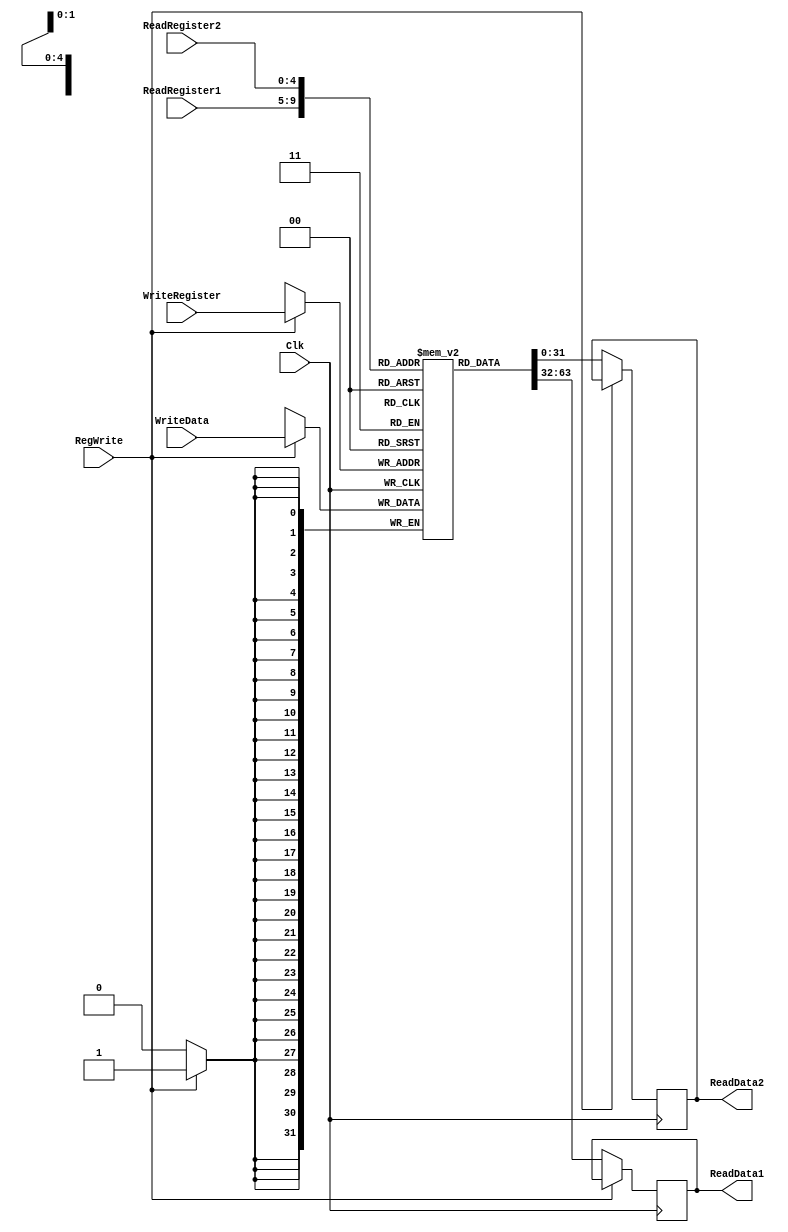
`timescale 1ns / 1ps
//////////////////////////////////////////////////////////////////////////////////
// Module Name:    Registers 
// Description - Implements a register file with 32 32-Bit wide registers. 
//
// INPUTS:-
// ReadRegister1: 5-Bit address to select a register to be read through 32-Bit 
//                output port 'ReadRegister1'.
// ReadRegister2: 5-Bit address to select a register to be read through 32-Bit 
//                output port 'ReadRegister2'.
// WriteRegister: 5-Bit address to select a register to be written through 32-Bit
//                input port 'WriteRegister'.
// WriteData: 32-Bit write input port.
// RegWrite: 1-Bit control input signal.
//
// OUTPUTS:-
// ReadData1: 32-Bit registered output. 
// ReadData2: 32-Bit registered output. 
//
//////////////////////////////////////////////////////////////////////////////////
module Registers(Clk, ReadRegister1, ReadRegister2, WriteRegister, WriteData, RegWrite, ReadData1, ReadData2);


	input [4:0] ReadRegister1,ReadRegister2,WriteRegister;
	input [31:0] WriteData;
	input RegWrite,Clk;
	
	output reg [31:0] ReadData1,ReadData2;
	
	reg [31:0] Registers [0:31];
	
	initial begin
		Registers[0] <= 32'h00000000;
		Registers[8] <= 32'h00000000;
		Registers[9] <= 32'h00000000;
		Registers[10] <= 32'h00000000;
		Registers[11] <= 32'h00000000;
		Registers[12] <= 32'h00000000;
		Registers[13] <= 32'h00000000;
		Registers[14] <= 32'h00000000;
		Registers[15] <= 32'h00000000;
		Registers[16] <= 32'h00000000;
		Registers[17] <= 32'h00000000;
		Registers[18] <= 32'h00000000;
		Registers[19] <= 32'h00000000;
		Registers[20] <= 32'h00000000;
		Registers[21] <= 32'h00000000;
		Registers[22] <= 32'h00000000;
		Registers[23] <= 32'h00000000;
		Registers[24] <= 32'h00000000;
		Registers[25] <= 32'h00000000;
		Registers[29] <= 32'd252; //Parte superior de la memoria,
		Registers[31] <= 32'b0;
	end
	
	
	always @(posedge Clk)
	begin
		
		if (RegWrite == 1) 
		begin
			Registers[WriteRegister] <= WriteData;
		end
		else begin
			ReadData1 <= Registers[ReadRegister1];
			ReadData2 <= Registers[ReadRegister2];
		end
	end
	
endmodule